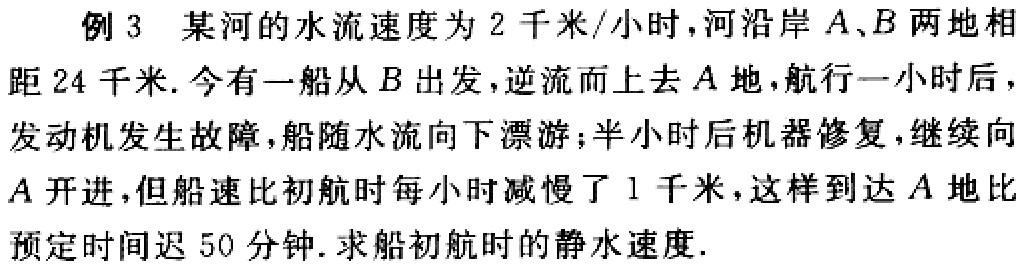
例 3 某河的水流速度为 2 千米/小时，河沿岸 \(A\)、\(B\) 两地相距 24 千米. 今有一船从 \(B\) 出发，逆流而上去 \(A\) 地，航行一小时后，发动机发生故障，船随水流向下漂游；半小时后机器修复，继续向 \(A\) 开进，但船速比初航时每小时减慢了 1 千米，这样到达 \(A\) 地比预定时间迟 50 分钟. 求船初航时的静水速度.